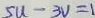
5 u - 3 V = 1